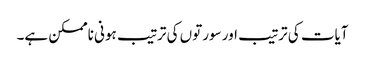
آیات کی ترتیب اور سورتوں کی ترتیب ہونی ناممکن ہے۔